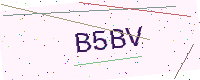
Text: B5BV